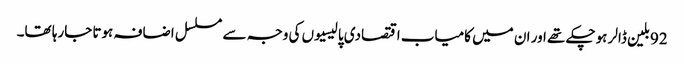
92بلین ڈالر ہوچکے تھے اور ان میں کامیاب اقتصادی پالیسیوں کی وجہ سے مسلسل اضافہ ہوتا جارہا تھا۔